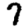
Digit: 7